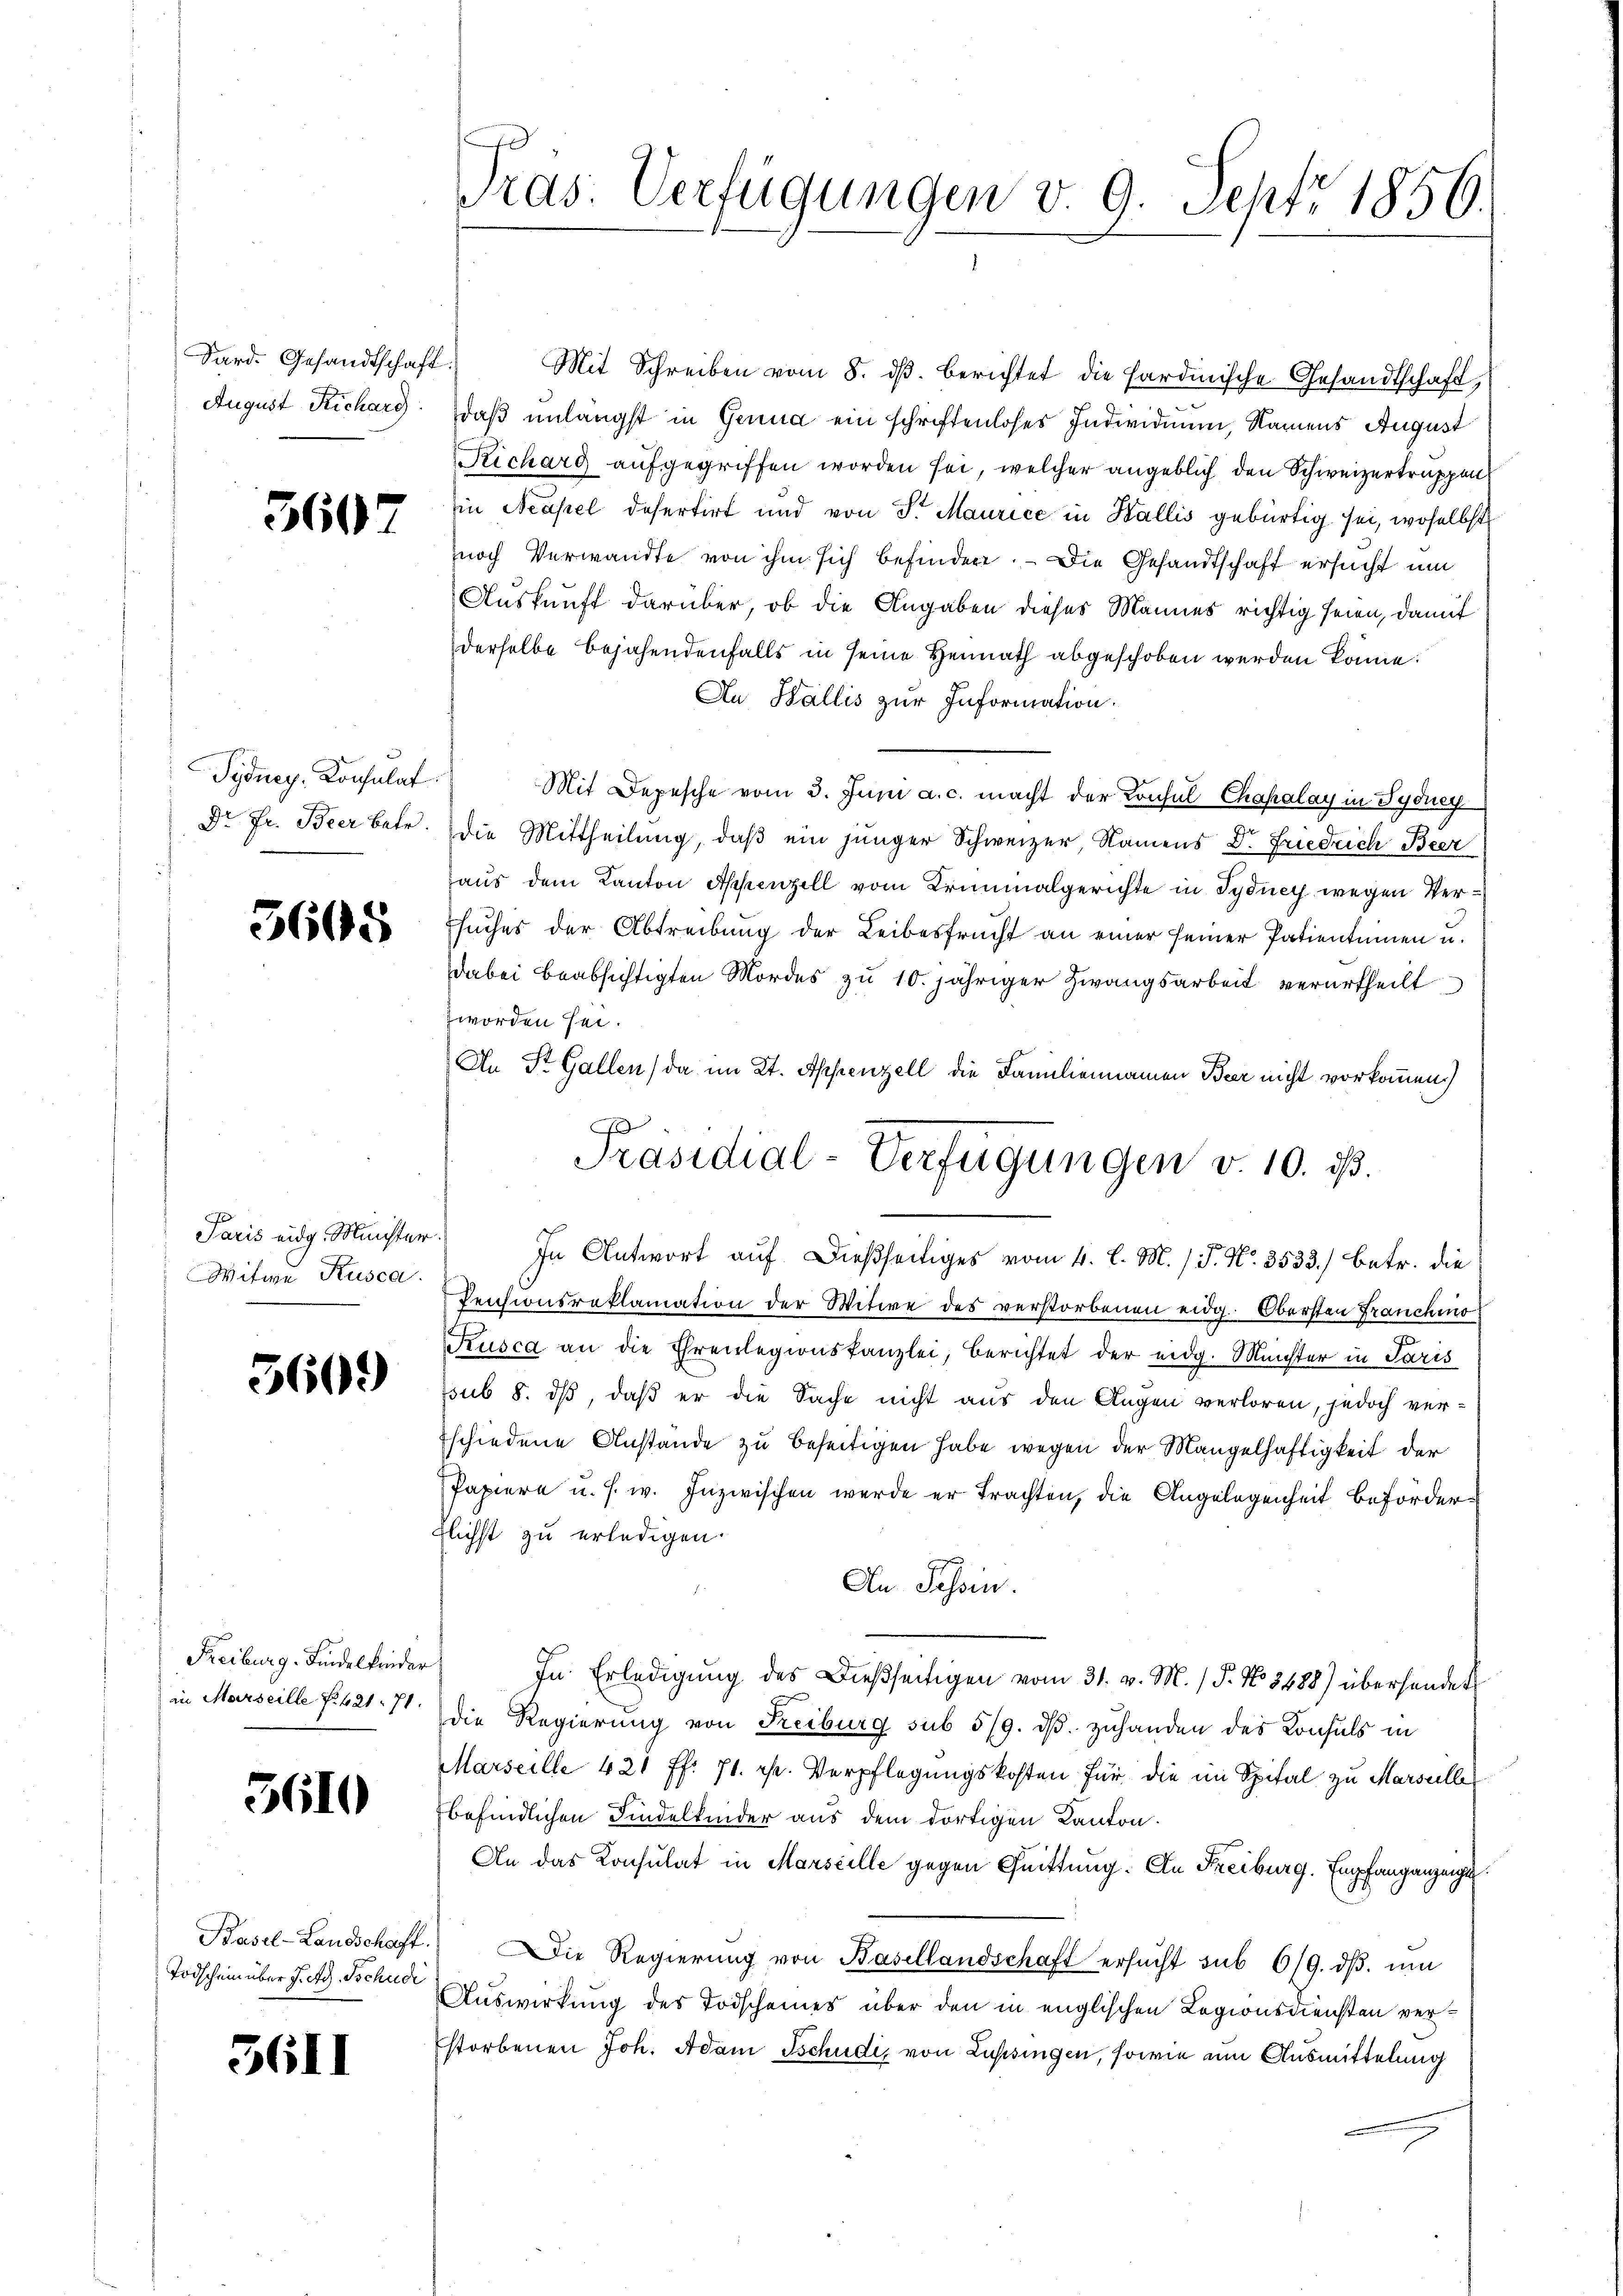
Sard. Gesandtschaft.
August Richarg

3607

Sydney, Konsulat

3665

Paris eidg. Minister.
Witwe Rusca.

560.)

Freiburg-Lindelkinder

5610

Todschein über J. Ad. Tschudi

5611

Tras. Verfügungen v. 9. Sept. 1856.

Mit Schreiben vom 8. dβ. berichtet die Sardinische Gesandtschaft,
daß unlängst in Genua ein schriftenloses Individuum, Namens August
Richarg aufgegriffen worden sei, welcher angeblich den Schweizertruppen
in Neapel defertirt und von Sr. Maurice in Wallis gebürtig sei, woselbst
noch Verwandte von ihm sich befindere. — Die Gesandtschaft ersucht um
Auskunft darüber, ob die Angaben dieses Mannes richtig seien, damit
derselbe bejahendenfalls in seine Heimath abgeschoben werden könne.
Au Wallis zur Information.
Mit Depesche vom 3. Juni a. c. macht der Konsul Chahalay in Tydney
Dr Fr. Beer betr. die Mittheilung, daβ ein jünger Schweizer Namens Dr. Friedrich Beer
haus dem Kanton Appenzell vom Kriminalgerichte in Tydney wegen Ver¬
Esuches der Abtreibung der Leibesfrucht an einer seiner Patientimen u.
dabei beabsichtigten Mordes zu 10. jähriger Zwangsarbeit verurtheilt
zworden sei.
An St. Gallen, da im Kt. Appenzell die Familiennamen Beer nicht vorkommen.)
Pensionsreklamation der Witwe des verstorbenen eidg. Obersten Franchio
Kusca an die Ehrenlegionskanzlei, berichtet der eidg. Münster in Paris
ssub 8. ds, daß er die Sache nicht aus den Augen verloren, jedoch verschiedene Anstande zu beseitigen habe wegen der Mangelhaftigkeit der
Papiere u. s. w. Inzwischen werde er trachten, die Angelegenheit beförderflichst zu erledigen.
An Tessin.
In Erledigung des Dießseitigen vom 31. v. M. / 5. No 8488) überhander
in Marseille f. 421. 71 die Regierung von Freiburg sub 5/9. dβ zuhanden des Konsuls in
Marseille 421 ff. 71. fr. Verpflegungskosten für die im Spital zu Marseille
befindlichen Findelkinder aus dem dortigen Kanton.
An das Konsulat in Marseille gegen Quittung. An Freiburg. Empfang anzeicht
Basel-Landschaft. Die Regierŭng von Basellandschaft ersŭcht sub 6/9. dβ. ŭm
Auswirkung des Todscheines über den in englischen Legionsdiensten verstorbenen Joh. Adam Tschudi, von Lupsingen, sowie um Ausmittelung

1
Präsidial-Verfügungen v. 10. ds.
In Antwort auf dießseitiges vom 4. l. M. / P. Nr. 3533. betr. die